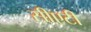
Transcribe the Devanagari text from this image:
सीएटी